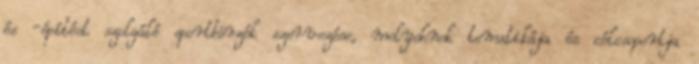
és -építést szolgáló sportbörzék szervezése, melyeknek tematikája és célcsoportja